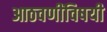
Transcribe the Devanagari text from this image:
आठवणींविषयी